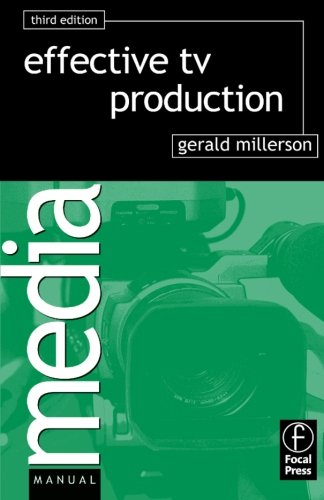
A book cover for Effective TV Production (Media Manuals); Gerald Millerson; Humor & Entertainment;